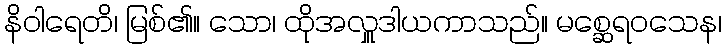
နိဝါရေတိ၊ မြစ်၏။ သော၊ ထိုအလှူဒါယကာသည်။ မစ္ဆေရဝသေန၊